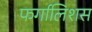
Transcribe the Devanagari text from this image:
फर्गालिशस